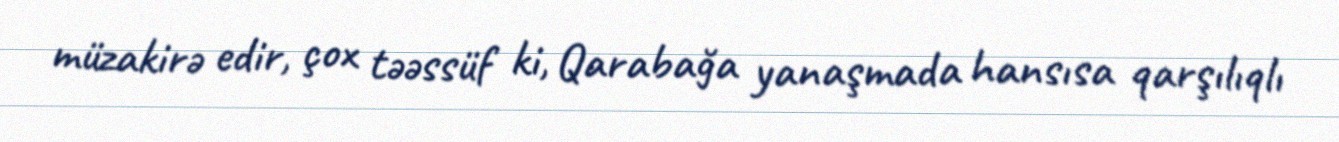
müzakirə edir, çox təəssüf ki, Qarabağa yanaşmada hansısa qarşılıqlı